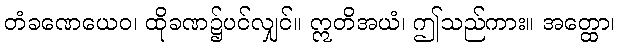
တံခဏေယေဝ၊ ထိုခဏ၌ပင်လျှင်။ ဣတိအယံ၊ ဤသည်ကား။ အတ္ထော၊